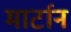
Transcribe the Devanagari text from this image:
मार्टान